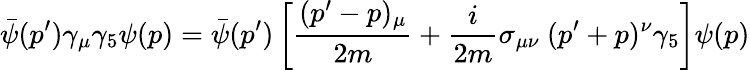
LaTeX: \bar{\psi}(p^{\prime})\gamma_{\mu}\gamma_{5}\psi(p)=\bar{\psi}(p^{\prime})\left[{\frac{(p^{\prime}-p)_{\mu}}{2m}}+{\frac{i}{2m}}\sigma_{\mu\nu}~(p^{\prime}+p)^{\nu}\gamma_{5}\right]\psi(p)